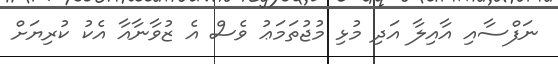
ނަފްސާއި އާއިލާ އަދި މުޅި މުޖުތަމަޢު ވެސް އެ ޒުވާނާއާ އެކު ކުރިޔަށް